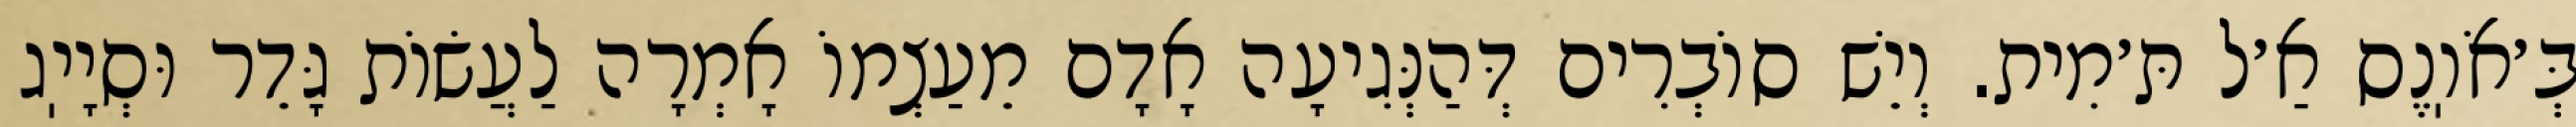
בְּ׳אֹוֽנֶס אַ׳ל תּ׳מִית. וְיֵשׁ סוֹבְרִים דְּהַנְּגִיעָה אָדָם מֵעַצְמוֹ אָמְרָה לַעֲשׂוֹת גָּדֵר וּסְיָיֽג